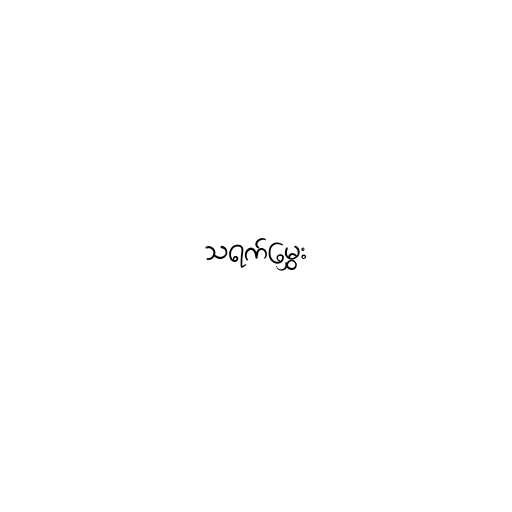
သရက်မွှေး